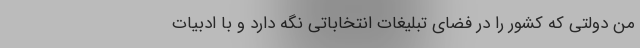
من دولتی که کشور را در فضای تبلیغات انتخاباتی نگه دارد و با ادبیات